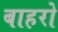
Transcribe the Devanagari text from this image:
बाहरो